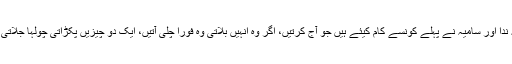
اب کیا کہتی کہ ندا اور سامیہ نے پہلے کونسے کام کیئے ہیں جو آج کرتیں، اگر وہ انہیں بلاتی وہ فوراً چلی آتیں، ایک دو چیزیں پکڑاتی چولہا جلاتی باتیں بگھارتیں۔